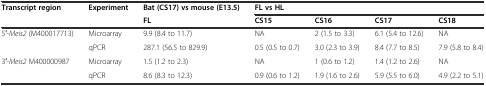
| <ROWSPAN=2> Transcript region | <ROWSPAN=2> Experiment | Bat (CS17) vs mouse (E13.5) | <COLSPAN=4> FL vs HL |
 | FL | CS15 | CS16 | CS17 | CS18 |
 | --- | --- | --- | --- | --- | --- | --- |
 | <ROWSPAN=2> 5′-Meis2 (M400017713) | Microarray | 9.9 (8.4 to 11.7) | NA | 2 (1.5 to 3.3) | 6.1 (5.4 to 12.6) | NA |
 | qPCR | 287.1 (56.5 to 829.9) | 0.5 (0.5 to 0.7) | 3.0 (2.3 to 3.9) | 8.4 (7.7 to 8.5) | 7.9 (5.8 to 8.4) |
 | <ROWSPAN=2> 3′-Meis2 M400000987 | Microarray | 1.5 (1.2 to 2.3) | NA | 1 (0.6 to 1.2) | 1.4 (1.2 to 2.6) | NA |
 | qPCR | 8.6 (8.3 to 12.3) | 0.9 (0.6 to 1.2) | 1.9 (1.6 to 2.6) | 5.9 (5.5 to 6.0) | 4.9 (2.2 to 5.1) |